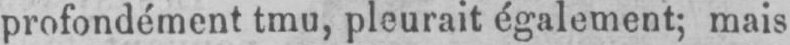
profondément tmu, pleurait également; mais